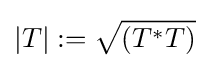
|T|:={\sqrt {(T^{*}T)}}